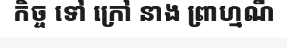
កិច្ច ទៅ ក្រៅ នាង ព្រាហ្មណី